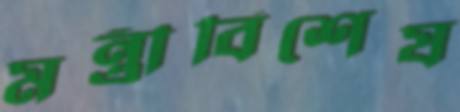
মন্ত্রীবিশেষ